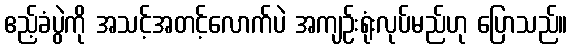
ဧည့်ခံပွဲကို အသင့်အတင့်လောက်ပဲ အကျဉ်းရုံးလုပ်မည်ဟု ပြောသည်။